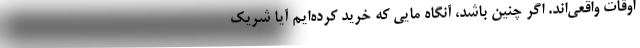
اوقات واقعی‌اند. اگر چنین باشد، آنگاه مایی که خرید کرده‌ایم آیا شریکِ